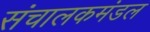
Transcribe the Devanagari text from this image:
संचालकमंडल